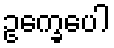
ဥက္ခေပေါ